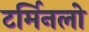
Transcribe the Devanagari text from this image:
टर्मिनलो